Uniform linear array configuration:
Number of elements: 12
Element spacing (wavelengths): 0.25
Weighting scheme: hamming
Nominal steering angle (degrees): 15
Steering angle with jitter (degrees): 14.351
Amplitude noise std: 0.05
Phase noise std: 0.05

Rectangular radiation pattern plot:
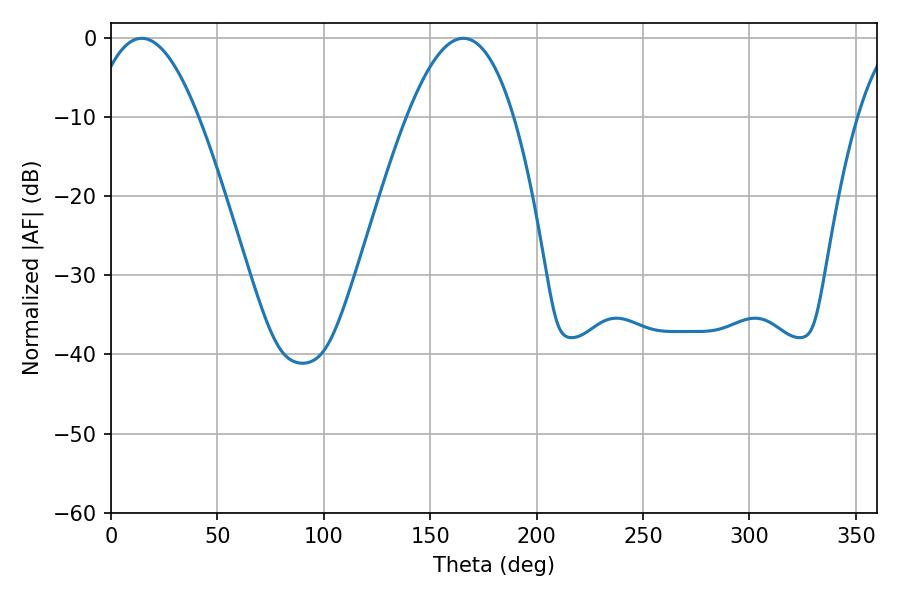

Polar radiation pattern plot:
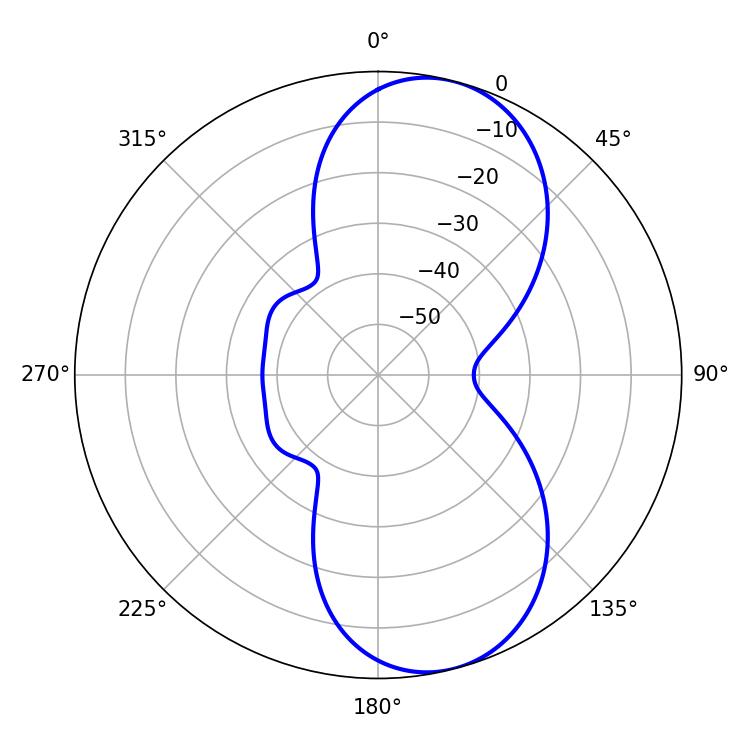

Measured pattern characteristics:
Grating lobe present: FALSE
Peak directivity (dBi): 8.721
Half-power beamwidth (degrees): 27.54
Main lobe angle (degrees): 14.4